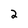
Character: 2